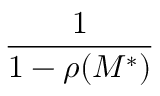
\frac { 1 } { 1 - \rho ( M ^ { \ast } ) }